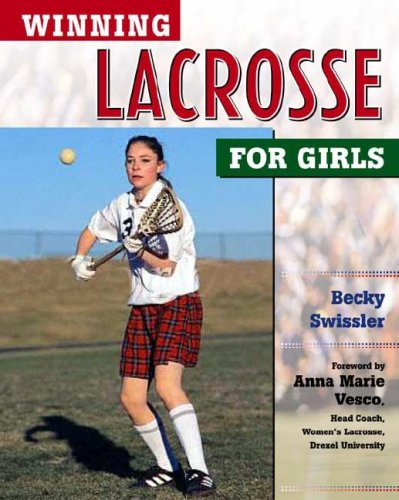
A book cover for Winning Lacrosse for Girls (Winning Sports for Girls); Becky Swissler; Children's Books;